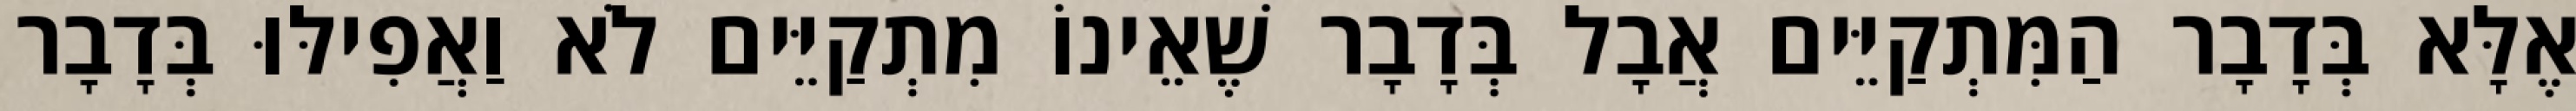
אֶלָּא בְּדָבָר הַמִּתְקַיֵּים אֲבָל בְּדָבָר שֶׁאֵינוֹ מִתְקַיֵּים לֹא וַאֲפִילּוּ בְּדָבָר